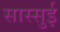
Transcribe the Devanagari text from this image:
सास्सुई